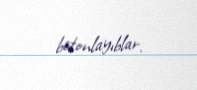
betonlayıblar.